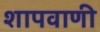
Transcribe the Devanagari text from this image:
शापवाणी